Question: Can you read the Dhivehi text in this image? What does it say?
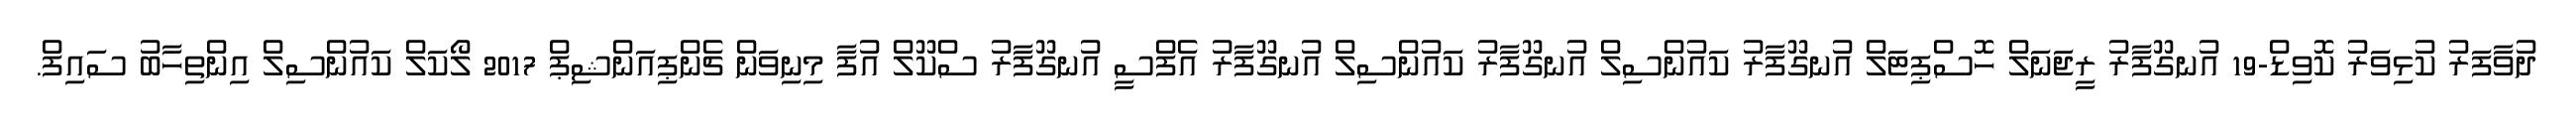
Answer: ދުވާފަރު ކުޅިވަރު ކޮވިޑް-19 އުނގޫފާރު ރީޖަނަލް ހޮސްޕިޓަލް އުނގޫފާރު ކައުންސިލް އުނގޫފާރު ކައުންސިލް އުނގޫފާރު އެފްސީ އުނގޫފާރު ސްކޫލް އުފާ މިނިވަން ޗެންޕިއަންޝިޕް 2017 ލޯކަލް ކައުންސިލް އިންތިހާބު ސައިފް.